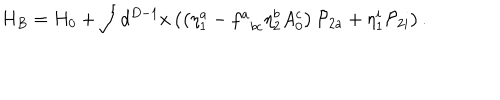
H _ { B } = H _ { 0 } + \int d ^ { D - 1 } x \left( \left( \eta _ { 1 } ^ { a } - f _ { \; \; b c } ^ { a } \eta _ { 2 } ^ { b } A _ { 0 } ^ { c } \right) { \cal P } _ { 2 a } + \eta _ { 1 } ^ { i } { \cal P } _ { 2 i } \right) .